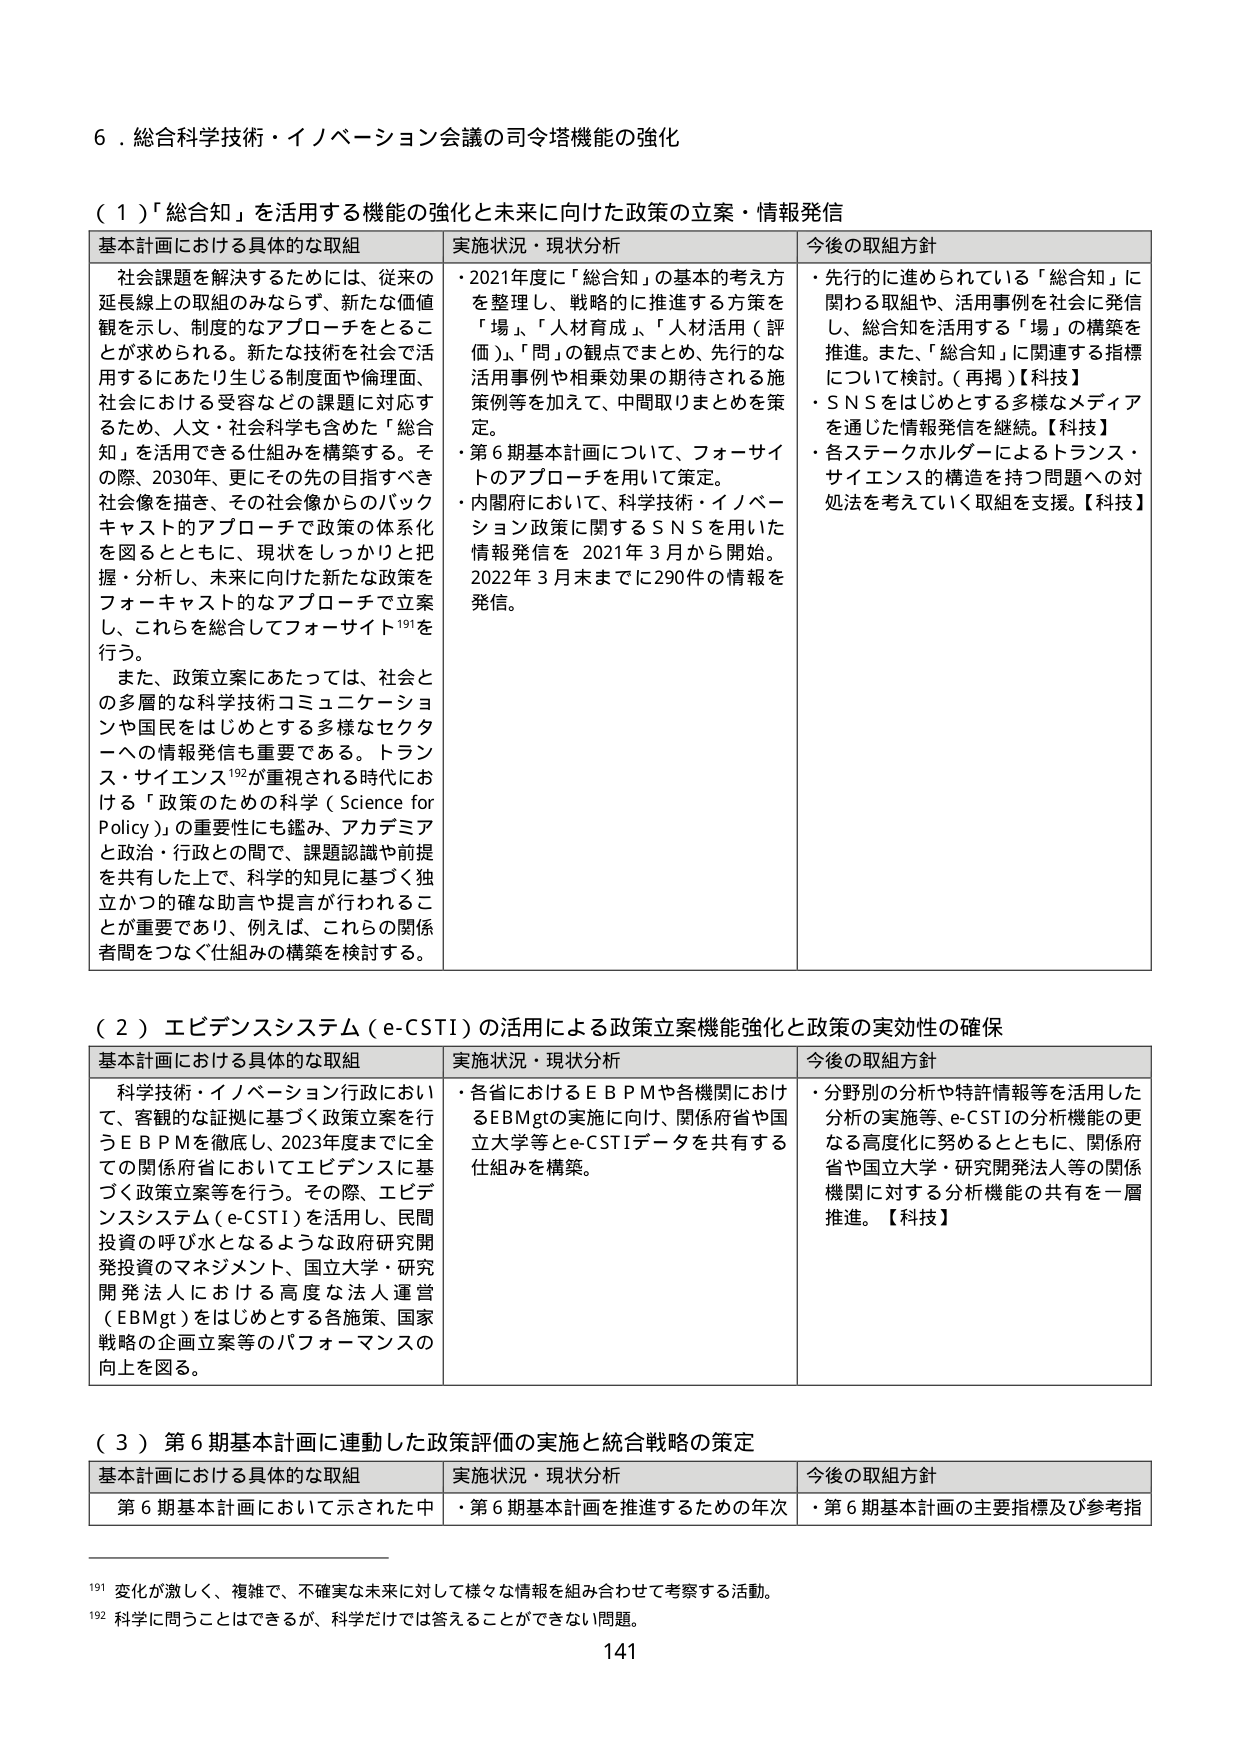
6．総合科学技術・イノベーション会議の司令塔機能の強化

（１）「総合知」を活用する機能の強化と未来に向けた政策の立案・情報発信

基本計画における具体的な取組　　実施状況・現状分析　　今後の取組方針

社会課題を解決するためには、従来の延長線上の取組のみならず、新たな価値観を示し、制度的なアプローチをとることが求められる。新たな技術を社会で活用するにあたり生じる制度面や倫理面、社会における受容などの課題に対応するため、人文・社会科学も含めた「総合知」を活用できる仕組みを構築する。その際、2030年、更にその先の目指すべき社会像を描き、その社会像からのバックキャスト的アプローチで政策の体系化を図るとともに、現状をしっかりと把握・分析し、未来に向けた新たな政策をフォーキャスト的なアプローチで立案し、これらを総合してフォーサイト¹⁹¹を行う。

また、政策立案にあたっては、社会との多層的な科学技術コミュニケーションや国民をはじめとする多様なセクターへの情報発信も重要である。トランス・サイエンス¹⁹²が重視される時代における「政策のための科学（Science for Policy）」の重要性にも鑑み、アカデミアと政治・行政との間で、課題認識や前提を共有した上で、科学的知見に基づく独立かつ的確な助言や提言が行われることが重要であり、例えば、これらの関係者間をつなぐ仕組みの構築を検討する。

・2021年度に「総合知」の基本的考え方を整理し、戦略的に推進する方策を「場」、「人材育成」、「人材活用（評価）」、「問」の観点でまとめ、先行的な活用事例や相乗効果の期待される施策例等を加えて、中間取りまとめを策定。

・第6期基本計画について、フォーサイトのアプローチを用いて策定。

・内閣府において、科学技術・イノベーション政策に関するSNSを用いた情報発信を2021年3月から開始。2022年3月末までに290件の情報を発信。

・先行的に進められている「総合知」に関わる取組や、活用事例を社会に発信し、総合知を活用する「場」の構築を推進。また、「総合知」に関連する指標について検討。（再掲）【科技】

・SNSをはじめとする多様なメディアを通じた情報発信を継続。【科技】

・各ステークホルダーによるトランス・サイエンス的構造を持つ問題への対処法を考えていく取組を支援。【科技】

（２）エビデンスシステム（e-CSTI）の活用による政策立案機能強化と政策の実効性の確保

基本計画における具体的な取組　　実施状況・現状分析　　今後の取組方針

科学技術・イノベーション行政において、客観的な証拠に基づく政策立案を行うEBPMを徹底し、2023年度までに全ての関係府省においてエビデンスに基づく政策立案等を行う。その際、エビデンスシステム（e-CSTI）を活用し、民間投資の呼び水となるような政府研究開発投資のマネジメント、国立大学・研究開発法人における高度な法人運営（EBMgt）をはじめとする各施策、国家戦略の企画立案等のパフォーマンスの向上を図る。

・各省におけるEBPMや各機関におけるEBMgtの実施に向け、関係府省や国立大学等とe-CSTIデータを共有する仕組みを構築。

・分野別の分析や特許情報等を活用した分析の実施等、e-CSTIの分析機能の更なる高度化に努めるとともに、関係府省や国立大学・研究開発法人等の関係機関に対する分析機能の共有を一層推進。【科技】

（３）第6期基本計画に連動した政策評価の実施と統合戦略の策定

基本計画における具体的な取組　　実施状況・現状分析　　今後の取組方針

第6期基本計画において示された中　　・第6期基本計画を推進するための年次　　・第6期基本計画の主要指標及び参考指

¹⁹¹ 変化が激しく、複雑で、不確実な未来に対して様々な情報を組み合わせて考察する活動。

¹⁹² 科学に問うことはできるが、科学だけでは答えることができない問題。

141